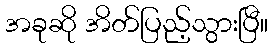
အခုဆို အိတ်ပြည့်သွားပြီ။